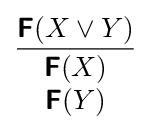
{\frac {{\boldsymbol {\mathsf {F}}}(X\lor Y)}{\begin{array}{c}{\boldsymbol {\mathsf {F}}}(X)\\{\boldsymbol {\mathsf {F}}}(Y)\end{array}}}